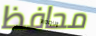
محافظ